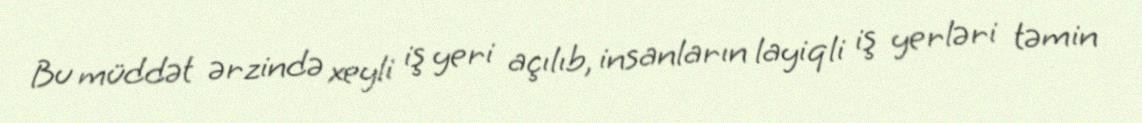
Bu müddət ərzində xeyli iş yeri açılıb, insanların layiqli iş yerləri təmin